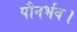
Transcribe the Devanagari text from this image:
पौनर्भव।